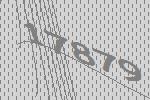
17879